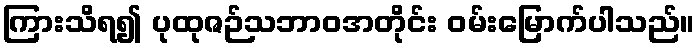
ကြားသိရ၍ ပုထုဇဉ်သဘာဝအတိုင်း ဝမ်းမြောက်ပါသည်။